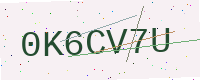
Text: 0K6CV7U